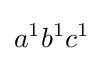
a^{1}b^{1}c^{1}